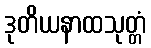
ဒုတိယနာထသုတ္တံ